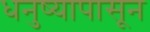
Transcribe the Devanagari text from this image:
धनुष्यापासून